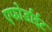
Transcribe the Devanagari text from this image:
एफोर्डाईट